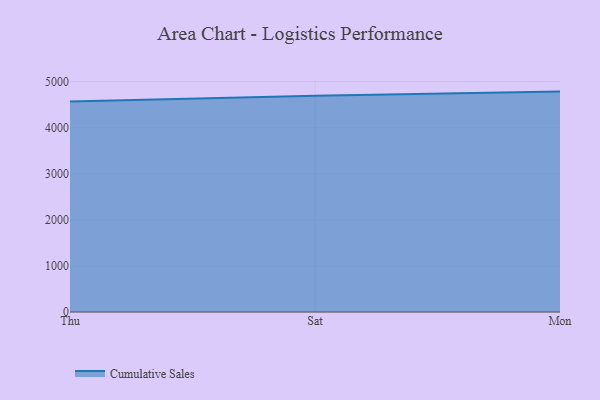
{"axis": {"x": "Day", "y": "Temperature (°C)"}, "legend": ["Cumulative Sales"], "data": [{"x": "Thu", "y": 4567.3, "type": "Cumulative Sales"}, {"x": "Sat", "y": 4692.1, "type": "Cumulative Sales"}, {"x": "Mon", "y": 4783.7, "type": "Cumulative Sales"}]}